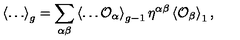
\left\langle \ldots \right\rangle _ { g } = \sum _ { \alpha \beta } \left\langle \ldots { \cal O } _ { \alpha } \right\rangle _ { g - 1 } \eta ^ { \alpha \beta } \left\langle { \cal O } _ { \beta } \right\rangle _ { 1 } ,